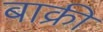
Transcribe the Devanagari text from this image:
बाक्री